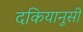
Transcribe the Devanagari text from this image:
दकियानुसी